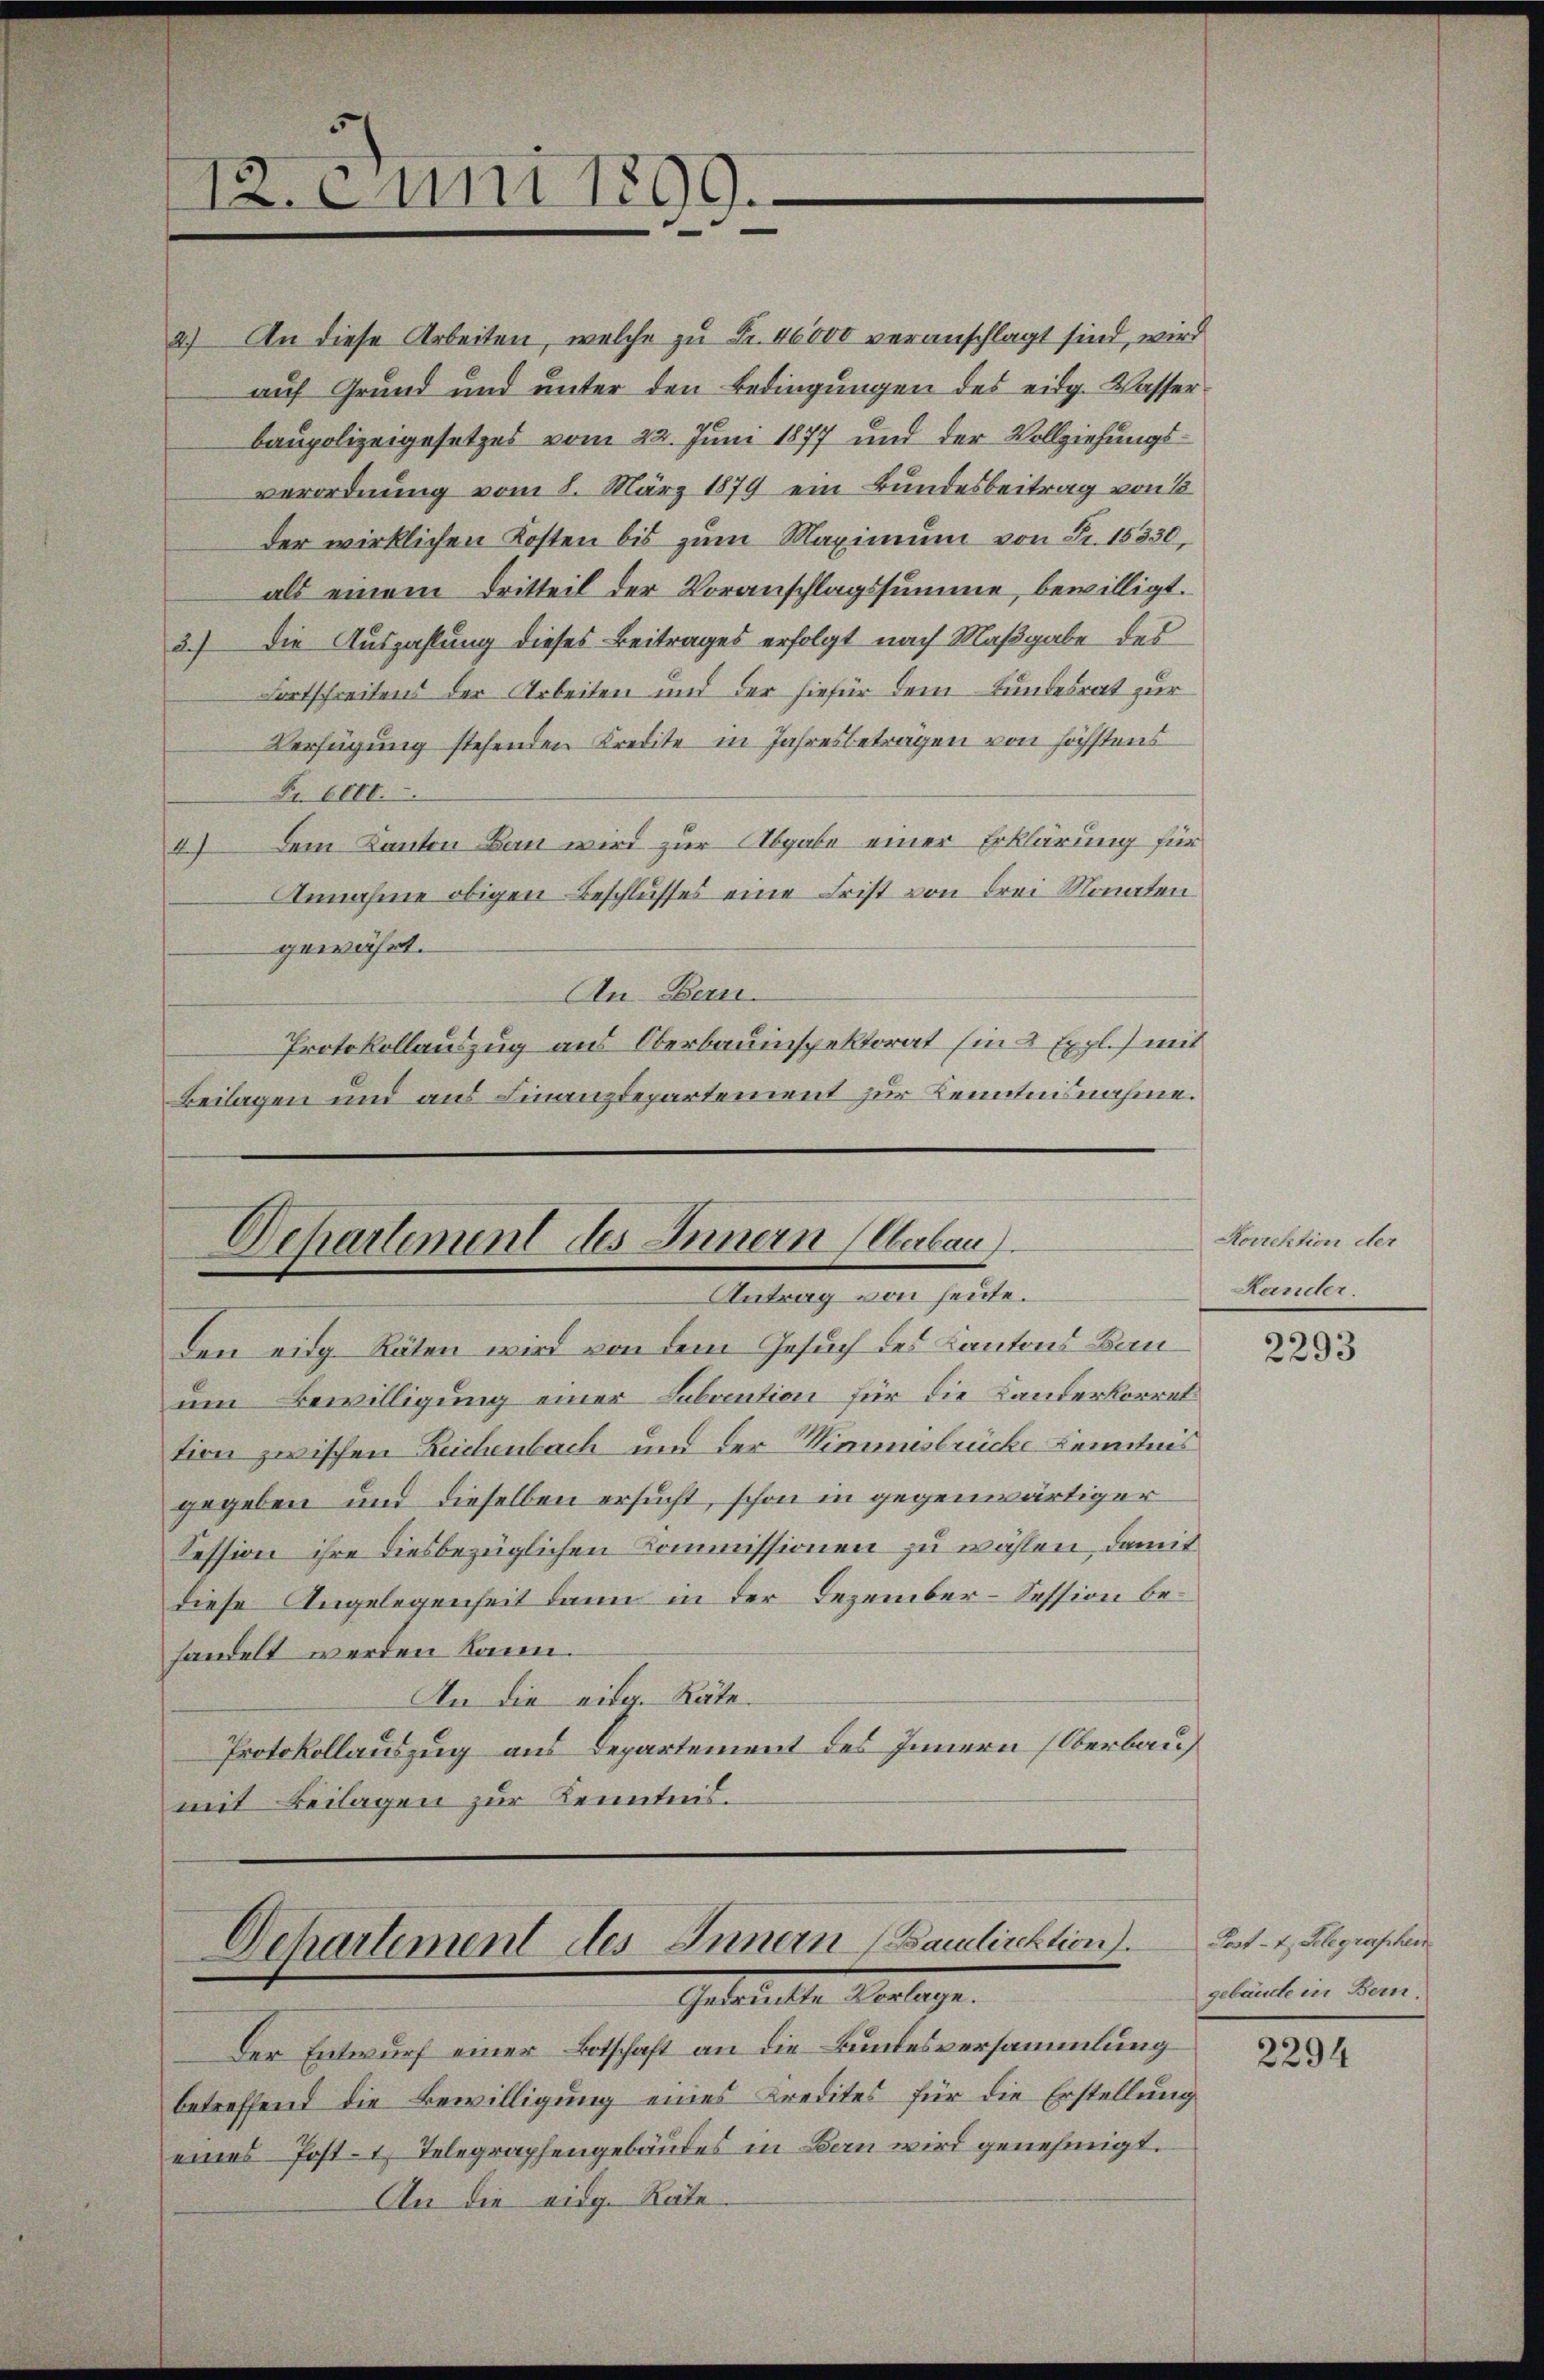
12. Juni 1899.

2) An diese Arbeiten, welche zu Fr. 46000 veranschlagt sind, wird
auf Grund und unter den Bedingungen des eidg. Wasser
baupolizeigesetzes vom 22. Juni 1877 und der Vollziehungsverordnung vom 8. März 1879 ein Bundesbeitrag von B
der wirklichen Kosten bis zum Maximum von Fr. 15330,
als einem Dritteil der Voranschlagssumme, bewilligt.
3.) Die Auszahlung dieses Beitrages erfolgt nach Maßgabe des
Fortschreitens der Arbeiten und der hiefür dem Bundesrat zur
Verfügung stehenden Kredite in Jahresbeträgen von höchstens
Fr. 6000.
4) Dem Kanton Bau wird zur Abgabe einer Erklärung für
Annahme obigen Beschlusses eine Frist von drei Monaten
gewährt.
An Bern.
Protokollauszug aus Oberbauinspektorat (in 8 Expl.) mit
Beilagen und aus Finanzdepartement zur Kenntnisnahme.

Departement des Innern (Oberbau
Antrag von heute.

den eidg. Räten wird von dem Gesuch des Kantons Bauum Bewilligung einer Labantion für die Landerkorret
tion zwischen Reichenbach und der Kinumsbrücke Kenntnis
gegeben und dieselben ersucht, schon in gegenwärtiger
Kession ihre diesbezüglichen Commissionen zu wählen, damit
diese Angelegenheit dann in der Dezember-Session behandelt werden kann.
An die eidg. Räte.
Protokollauszug aus Departement des Innern (Oberbau
mit Beilagen zur Kenntnis.

Dehartement des Innern Bauliektion).
Gebadetten Anlage.

Der Entwurf einer Botschaft an die Bundesversammlung
betreffend die Bewilligung eines Kredites für die Erstellung
eines Post- 1) Telegraphengebäudes in Bau wird genehmigt.
An die eidg. Räte

Norrektion der
Lander.

2293

Post- u. Gelegraschen
gebäude in Bern.

2294